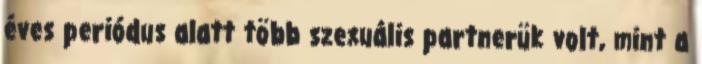
éves periódus alatt több szexuális partnerük volt, mint a